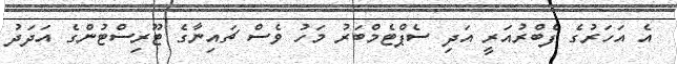
އެ އަހަރުގެ ފެބްރުއަރީ އަދި ސެޕްޓެމްބަރު މަހު ވެސް ޗައިނާގެ ޓޫރިސްޓުންގެ އަދަދު